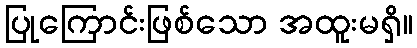
ပြုကြောင်းဖြစ်သော အထူးမရှိ။